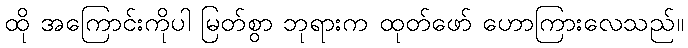
ထို အကြောင်းကိုပါ မြတ်စွာ ဘုရားက ထုတ်ဖော် ဟောကြားလေသည်။